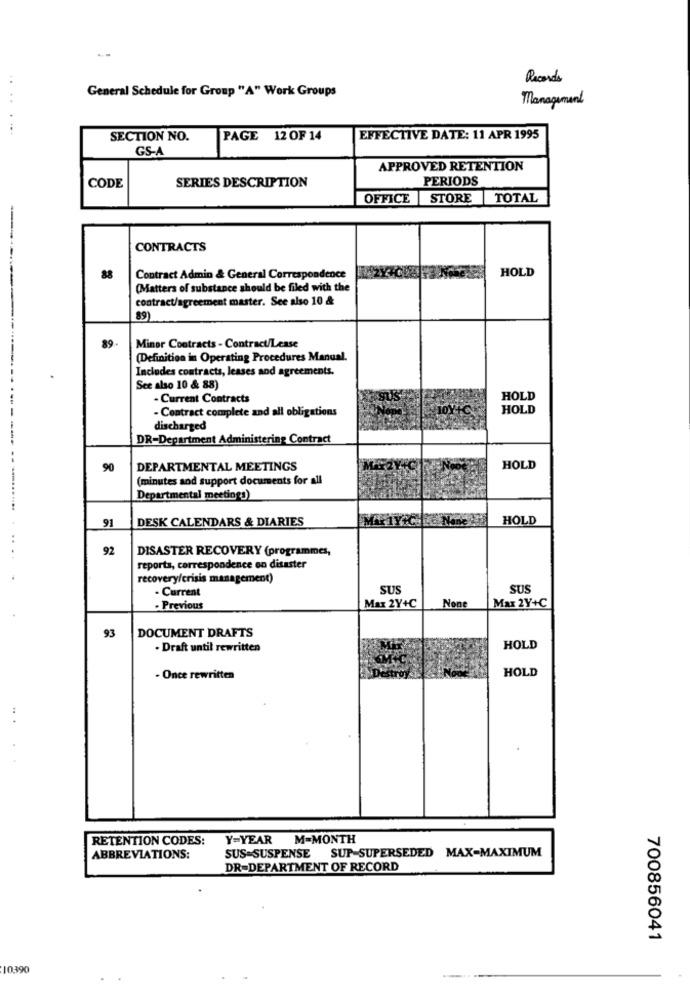
..
Records
General Schedule for Group "A" Work Groups
Management
SECTION NO.
PAGE 12 OF 14
EFFECTIVE DATE: 11 APR 1995
GS-A
APPROVED RETENTION
PERIODS
CODE
SERIES DESCRIPTION
OFFICE STORE TOTAL
CONTRACTS
HOLD
88
Contract Admin & General Correspondence
(Matters of substance should be filed with the
contract/agreement master. See also 10 &
89)
89-
Minor Contracts - Contract/Lease
(Definition in Operating Procedures Manual.
Includes contracts, leases and agreements.
See also 10 & 88)
- Current Contracts
HOLD
- Contract complete and all obligations
HOLD
discharged
DR-Department Administering Contract
90
DEPARTMENTAL MEETINGS
HOLD
(minutes and support documents for all
Departmental meetings)
DESK CALENDARS & DIARIES
HOLD
91
92
DISASTER RECOVERY (programmes,
reports, correspondence on disaster
recovery/crisis management)
- Current
SUS
SUS
Max 2Y+C
· Previous
Max 2Y+C
93
DOCUMENT DRAFTS
· Draft until rewritten
HOLD
HOLD
- Once rewritten
RETENTION CODES:
Y=YEAR
M=MONTH
SUS SUSPENSE SUP-SUPERSEDED MAX-MAXIMUM
ABBREVIATIONS:
DR-DEPARTMENT OF RECORD
700856041
10.390